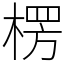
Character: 楞